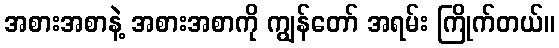
အစားအစာနဲ့ အစားအစာကို ကျွန်တော် အရမ်း ကြိုက်တယ်။